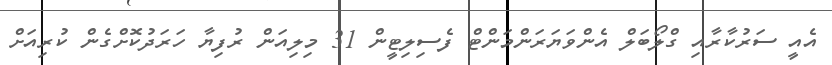
އެއީ ސަރުކާރާއި ގްލޯބަލް އެންވަޔަރަންމަންޓް ފެސިލިޓީން 31 މިލިއަން ރުފިޔާ ހަރަދުކޮށްގެން ކުރިއަށް